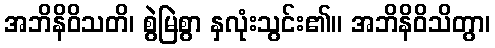
အဘိနိဝိသတိ၊ စွဲမြဲစွာ နှလုံးသွင်း၏။ အဘိနိဝိသိတွာ၊